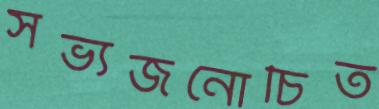
সভ্যজনোচিত